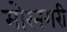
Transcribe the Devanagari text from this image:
मोरनगरी